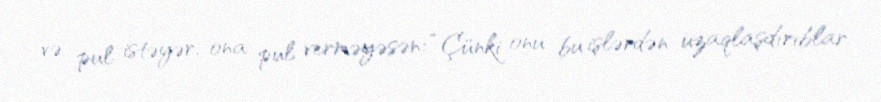
və pul istəyər, ona pul verməyəsən: “Çünki onu bu işlərdən uzaqlaşdırıblar.